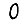
Digit: 0